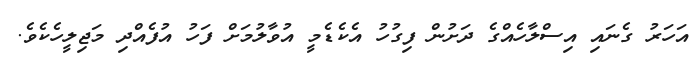
އަހަރު ގެނައި އިސްލާހެއްގެ ދަށުން ފިގުހު އެކެޑެމީ އުވާލުމަށް ފަހު އުފެއްދި މަޖިލީހެކެވެ.